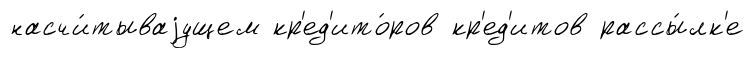
насчи́тываjущем кр'ед'ито́ров кр'ед'итов рассы́лк'е